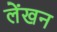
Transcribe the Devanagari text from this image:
लेंखन